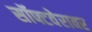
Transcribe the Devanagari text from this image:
सॉफ्टवेरावर